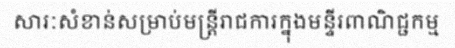
សារៈសំខាន់សម្រាប់មន្ត្រីរាជការក្នុងមន្ទីរពាណិជ្ជកម្ម